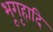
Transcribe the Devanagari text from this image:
भूगृहादि